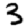
Digit: 3